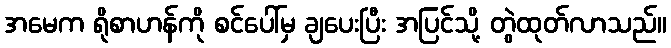
အမေက ရိုစာဟန်ကို စင်ပေါ်မှ ချပေးပြီး အပြင်သို့ တွဲထုတ်လာသည်။